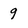
Character: 9